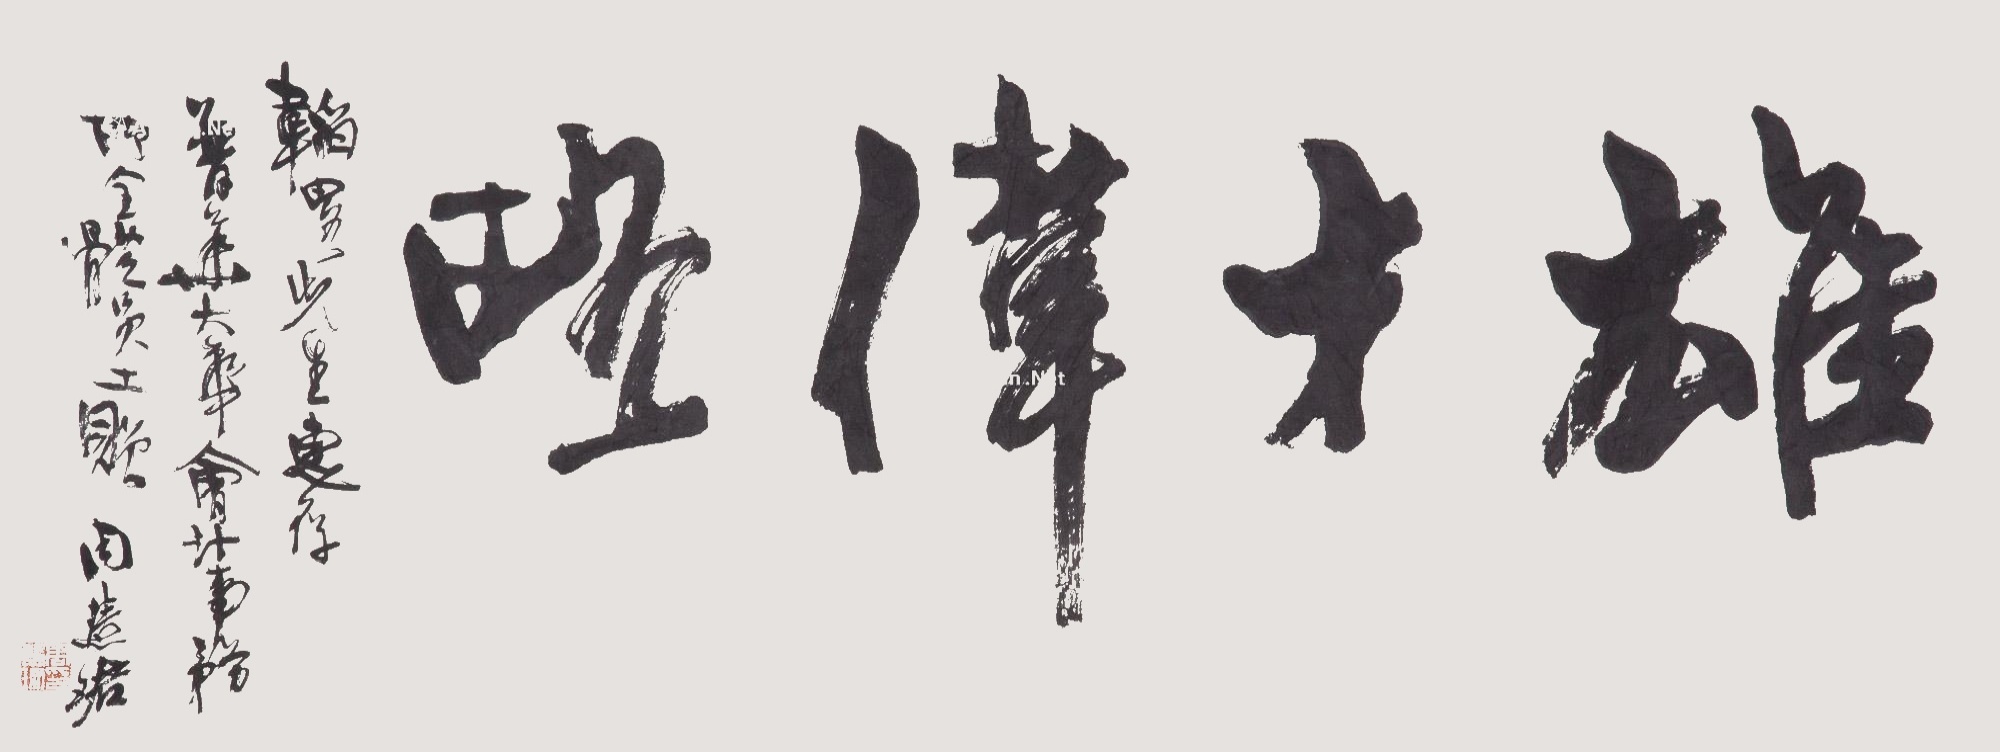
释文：雄才伟略。韬略先生惠存，普华大华会计事务所全体员工赠，周慧珺。